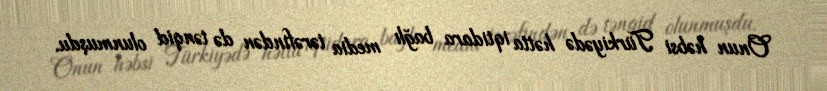
Onun həbsi Türkiyədə hətta iqtidara bağlı media tərəfindən də tənqid olunmuşdu.